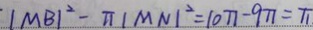
\vert M B \vert ^ { 2 } - \pi \vert M N \vert ^ { 2 } = 1 0 \pi - 9 \pi = \pi